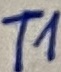
Text: T1